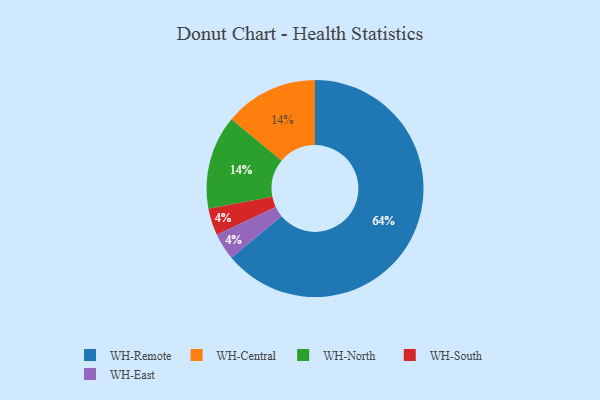
{"axis": {"x": "Category", "y": "Percentage"}, "legend": ["WH-Central", "WH-East", "WH-North", "WH-Remote", "WH-South"], "data": [{"x": "WH-Remote", "y": 64, "type": "WH-Remote"}, {"x": "WH-South", "y": 4, "type": "WH-South"}, {"x": "WH-Central", "y": 14, "type": "WH-Central"}, {"x": "WH-North", "y": 14, "type": "WH-North"}, {"x": "WH-East", "y": 4, "type": "WH-East"}]}